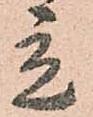
立